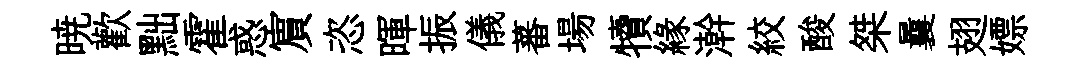
暁歡黜霍惑賔恣暉振儀蕃場犢緣澣絞酸桀曩翅嫖